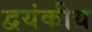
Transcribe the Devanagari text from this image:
द्वयंकीय